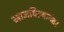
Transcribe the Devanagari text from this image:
खाजविल्यानंतर